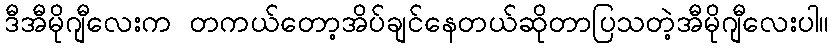
ဒီအီမိုဂျီလေးက တကယ်တော့အိပ်ချင်နေတယ်ဆိုတာပြသတဲ့အီမိုဂျီလေးပါ။